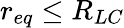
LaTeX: r_{eq}\leq R_{LC}